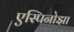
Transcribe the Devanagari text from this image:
एस्पिनोझा